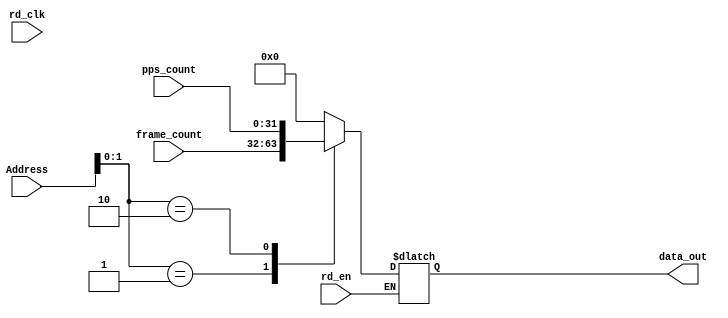
`timescale 1ns / 1ps
//////////////////////////////////////////////////////////////////////////////////
// Company: 
// Engineer: 
// 
// Design Name: 
// Module Name:    Header_RAM2 
// Project Name: 
// Target Devices: 
// Tool versions: 
// Description: 
//
// Dependencies: 
//
// Revision: 
// Revision 0.01 - File Created
// Additional Comments: 
//
//////////////////////////////////////////////////////////////////////////////////
module Header_RAM2( input [3:0] Address,
input [31:0] frame_count,
input [31:0] pps_count,
input rd_en, 
input rd_clk,
output reg [31:0] data_out
    );
reg [31:0] Mem [3:0];

initial begin
Mem[0]=0;
Mem[1]=0;
Mem[2]=0;
Mem[3]=0;
end

always @* /*(data_in1 or data_in2 or data_in3 or data_in4 or data_in5 or data_in6 or data_in7 or data_in8)*/
begin
Mem[1]<=frame_count;
Mem[2]<=pps_count;
end


always @(rd_clk or Address) begin
if(rd_en) begin
	data_out<=Mem[Address];
end 
end
endmodule